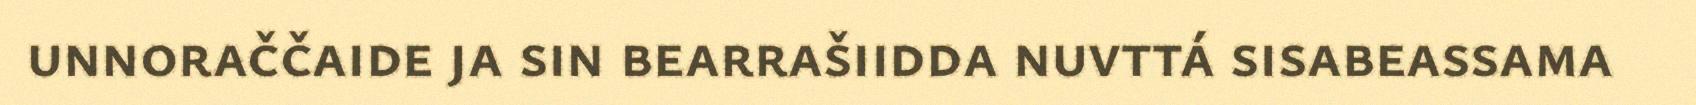
unnoraččaide ja sin bearrašiidda nuvttá sisabeassama